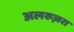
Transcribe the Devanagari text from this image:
अलख्ज़रा